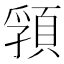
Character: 𩓖